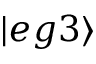
| e g 3 \rangle